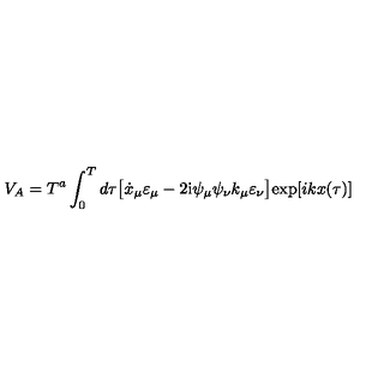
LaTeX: V _ { A } = T ^ { a } \int _ { 0 } ^ { T } d \tau \bigl [ \dot { x } _ { \mu } \varepsilon _ { \mu } - 2 \mathrm { i } \psi _ { \mu } \psi _ { \nu } k _ { \mu } \varepsilon _ { \nu } \bigr ] \mathrm { e x p } [ i k x ( { \tau } ) ]